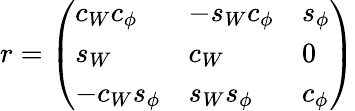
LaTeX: r=\left(\begin{array}{lll}{{c_{W}c_{\phi}}}&{{-s_{W}c_{\phi}}}&{{s_{\phi}}}\\ {{s_{W}}}&{{c_{W}}}&{{0}}\\ {{-c_{W}s_{\phi}}}&{{s_{W}s_{\phi}}}&{{c_{\phi}}}\end{array}\right)